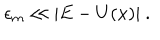
LaTeX: \epsilon _ { m } \ll \vert E - U ( x ) \vert \ .